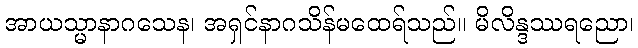
အာယသ္မာနာဂသေန၊ အရှင်နာဂသိန်မထေရ်သည်။ မိလိန္ဒဿရညော၊